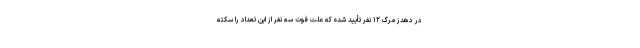
در دهدز مرگ ۱۲ نفر تأیید شده که علت فوت سه نفر از این تعداد را سکته